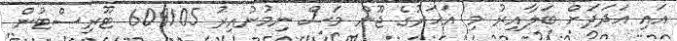
އައި އަދަދަށް ބަލާއިރު މި އަހަރުގެ ޖޫން މަސް ނިމުނުއިރު 609105 ޓޫރިސްޓުން